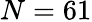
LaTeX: N=61